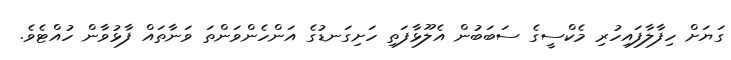
ގަޔަށް ހިފާލާފައިހުރި މެކްސީގެ ސަބަބުން އެލޫޅާފަތި ހަށިގަނޑުގެ އަންހެންވަންތަ ވަނާތައް ފާޅުވާން ހުއްޓެވެ.